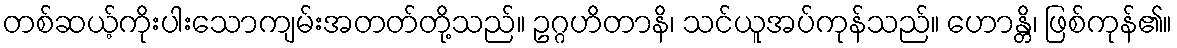
တစ်ဆယ့်ကိုးပါးသောကျမ်းအတတ်တို့သည်။ ဥဂ္ဂဟိတာနိ၊ သင်ယူအပ်ကုန်သည်။ ဟောန္တိ၊ ဖြစ်ကုန်၏။